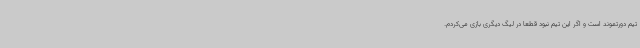
تیم دورتموند است و اگر این تیم نبود قطعا در لیگ دیگری بازی می‌کردم.